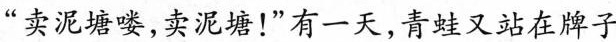
“卖泥塘喽，卖泥塘！”有一天，青蛙又站在牌子